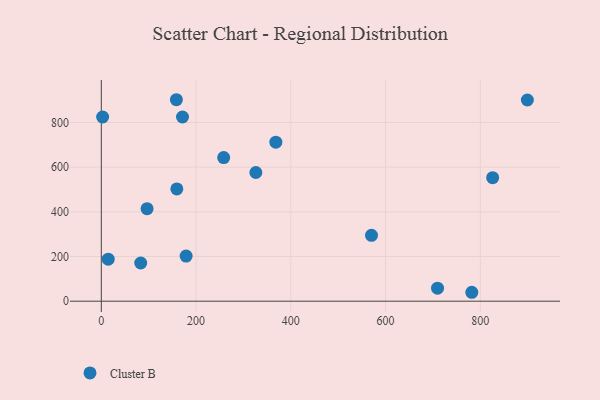
{"axis": {"x": "Experience", "y": "Sales"}, "legend": ["Cluster B"], "data": [{"x": "826.0", "y": 553.1, "type": "Cluster B"}, {"x": "258.3", "y": 643.0, "type": "Cluster B"}, {"x": "2.8", "y": 824.6, "type": "Cluster B"}, {"x": "709.7", "y": 58.1, "type": "Cluster B"}, {"x": "14.6", "y": 187.9, "type": "Cluster B"}, {"x": "159.4", "y": 502.6, "type": "Cluster B"}, {"x": "899.3", "y": 900.6, "type": "Cluster B"}, {"x": "83.2", "y": 171.0, "type": "Cluster B"}, {"x": "782.0", "y": 39.9, "type": "Cluster B"}, {"x": "158.5", "y": 901.9, "type": "Cluster B"}, {"x": "171.4", "y": 824.6, "type": "Cluster B"}, {"x": "368.4", "y": 711.9, "type": "Cluster B"}, {"x": "96.6", "y": 414.1, "type": "Cluster B"}, {"x": "179.0", "y": 201.9, "type": "Cluster B"}, {"x": "326.2", "y": 576.2, "type": "Cluster B"}, {"x": "570.3", "y": 294.8, "type": "Cluster B"}]}